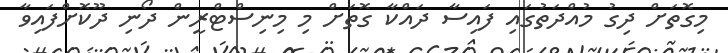
މިގޮތަށް ދިގު މުއްދަތުގައި ފައިސާ ދައްކާ ގޮތަށް މި މިނިސްޓްރީން ދޯނި ދޫކޮށްފައިވާ